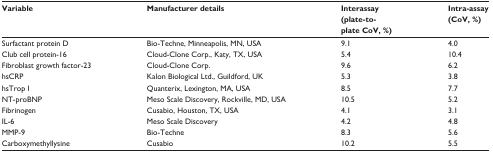
| Variable | Manufacturer details | Interassay (plate-to-plate CoV, %) | Intra-assay (CoV, %) |
 | --- | --- | --- | --- |
 | Surfactant protein D | Bio-Techne, Minneapolis, MN, USA | 9.1 | 4.0 |
 | Club cell protein-16 | Cloud-Clone Corp., Katy, TX, USA | 5.4 | 10.4 |
 | Fibroblast growth factor-23 | Cloud-Clone Corp. | 9.6 | 6.2 |
 | hsCRP | Kalon Biological Ltd., Guildford, UK | 5.3 | 3.8 |
 | hsTrop I | Quanterix, Lexington, MA, USA | 8.5 | 7.7 |
 | NT-proBNP | Meso Scale Discovery, Rockville, MD, USA | 10.5 | 5.2 |
 | Fibrinogen | Cusabio, Houston, TX, USA | 4.1 | 3.1 |
 | IL-6 | Meso Scale Discovery | 4.2 | 4.8 |
 | MMP-9 | Bio-Techne | 8.3 | 5.6 |
 | Carboxymethyllysine | Cusabio | 10.2 | 5.5 |